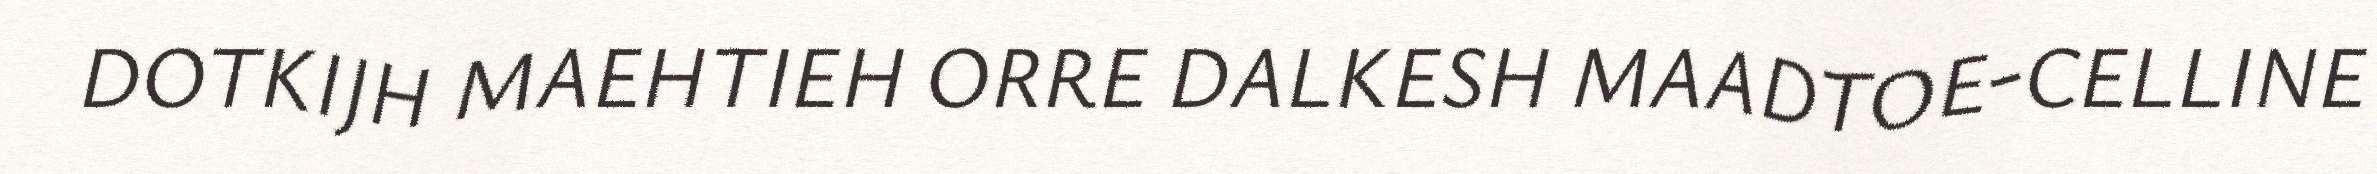
DOTKIJH MAEHTIEH ORRE DALKESH MAADTOE-CELLINE